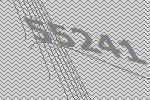
55241